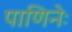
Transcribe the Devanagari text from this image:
पाणिनेः